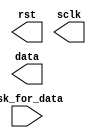
`timescale 1ns/1ns
`define halfperiod 50
module sigdata(rst,sclk,data,ask_for_data);
output rst;
output [3:0] data;
output sclk;
input ask_for_data;
reg rst,sclk;

endmodule